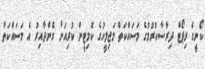
ކޯނީގެ ރިޕޯޓް ދިރާސާކުރުމުގެ މަސައްކަތް މަޖިލީހުގެ ކޮމިޓީން ކުރިއަށް ގެންދާއިރު އެ މަސައްކަތް